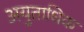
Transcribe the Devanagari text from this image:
अयुताधिक